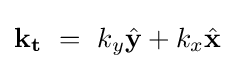
\mathbf {k_{t}} \ =\ k_{y}{\hat {\mathbf {y} }}+k_{x}{\hat {\mathbf {x} }}